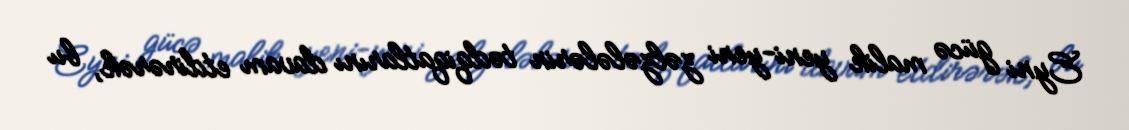
Eyni gücə malik yeni-yeni zəlzələlərin tədqiqatlarını davam etdirərək, bu